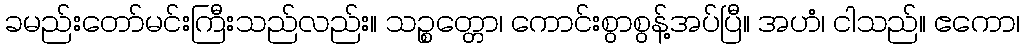
ခမည်းတော်မင်းကြီးသည်လည်း။ သဉ္စတ္တော၊ ကောင်းစွာစွန့်အပ်ပြီ။ အဟံ၊ ငါသည်။ ဧကော၊